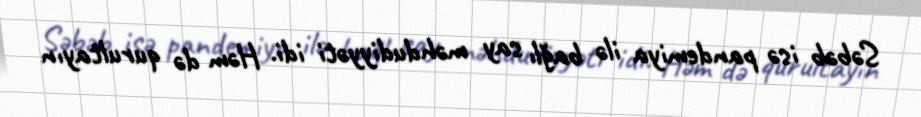
Səbəb isə pandemiya ilə bağlı say məhdudiyyəti idi. Həm də qurultayın